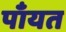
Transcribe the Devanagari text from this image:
पाँयत